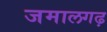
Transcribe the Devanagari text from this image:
जमालगढ़